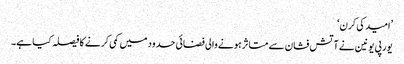
’امید کی کرن‘
یورپی یونین نے آتش فشان سے متاثر ہونے والی فضائی حدود میں کمی کرنے کا فیصلہ کیا ہے۔